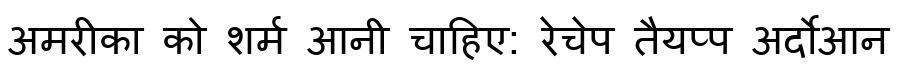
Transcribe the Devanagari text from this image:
अमरीका को शर्म आनी चाहिए: रेचेप तैयप्प अर्दोआन